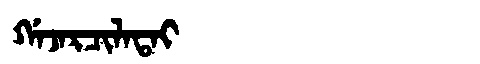
Manchu: ᡤᠠᠵᠠᡵᠴᡳᠯᠠᡨᠠᡳ
Romanization: GAJARCILATAI